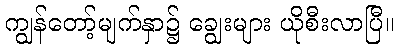
ကျွန်တော့်မျက်နှာ၌ ချွေးများ ယိုစီးလာပြီ။